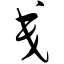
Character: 戋